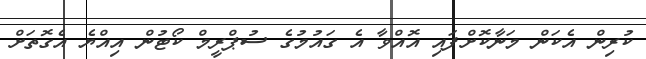
ކުރިން އެކަން މަނާކޮށްފައި އޮއްވާ އެ ގައުމުގެ ސުޕްރީމް ކޯޓުން އިއްޔެ އެގޮތަށް